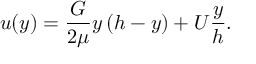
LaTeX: u ( y ) = { \frac { G } { 2 \mu } } y \, ( h - y ) + U { \frac { y } { h } } .